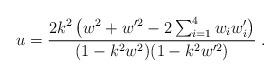
LaTeX: \begin{align*}u=\frac{2k^2\left(w^2+w^{\prime2}-2\sum_{i=1}^{4}w_iw_i'\right)}{(1-k^2w^2)(1-k^2w^{\prime2})}\;.\end{align*}